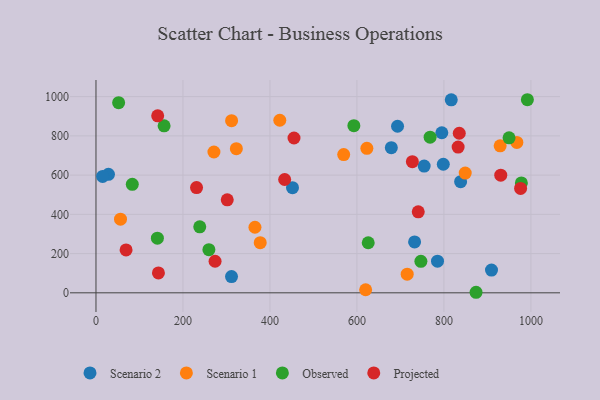
{"axis": {"x": "Engine Size", "y": "Demand"}, "legend": ["Observed", "Projected", "Scenario 1", "Scenario 2"], "data": [{"x": "451.8", "y": 535.7, "type": "Scenario 2"}, {"x": "795.1", "y": 815.9, "type": "Scenario 2"}, {"x": "28.7", "y": 603.9, "type": "Scenario 2"}, {"x": "798.5", "y": 655.4, "type": "Scenario 2"}, {"x": "679.0", "y": 739.8, "type": "Scenario 2"}, {"x": "693.3", "y": 849.0, "type": "Scenario 2"}, {"x": "816.8", "y": 983.7, "type": "Scenario 2"}, {"x": "15.3", "y": 593.2, "type": "Scenario 2"}, {"x": "909.3", "y": 116.0, "type": "Scenario 2"}, {"x": "754.5", "y": 646.0, "type": "Scenario 2"}, {"x": "732.5", "y": 259.3, "type": "Scenario 2"}, {"x": "785.2", "y": 161.4, "type": "Scenario 2"}, {"x": "838.3", "y": 566.3, "type": "Scenario 2"}, {"x": "311.6", "y": 82.7, "type": "Scenario 2"}, {"x": "311.8", "y": 877.4, "type": "Scenario 1"}, {"x": "365.5", "y": 334.2, "type": "Scenario 1"}, {"x": "569.5", "y": 704.6, "type": "Scenario 1"}, {"x": "322.7", "y": 734.8, "type": "Scenario 1"}, {"x": "620.0", "y": 15.6, "type": "Scenario 1"}, {"x": "377.6", "y": 255.6, "type": "Scenario 1"}, {"x": "848.9", "y": 610.5, "type": "Scenario 1"}, {"x": "715.5", "y": 95.1, "type": "Scenario 1"}, {"x": "271.2", "y": 717.7, "type": "Scenario 1"}, {"x": "967.6", "y": 766.8, "type": "Scenario 1"}, {"x": "422.6", "y": 879.7, "type": "Scenario 1"}, {"x": "56.4", "y": 375.6, "type": "Scenario 1"}, {"x": "622.8", "y": 736.5, "type": "Scenario 1"}, {"x": "929.2", "y": 749.2, "type": "Scenario 1"}, {"x": "625.9", "y": 255.2, "type": "Observed"}, {"x": "52.1", "y": 969.1, "type": "Observed"}, {"x": "873.8", "y": 2.8, "type": "Observed"}, {"x": "156.6", "y": 851.1, "type": "Observed"}, {"x": "238.6", "y": 336.2, "type": "Observed"}, {"x": "949.7", "y": 789.9, "type": "Observed"}, {"x": "768.2", "y": 793.1, "type": "Observed"}, {"x": "592.9", "y": 852.0, "type": "Observed"}, {"x": "747.0", "y": 160.5, "type": "Observed"}, {"x": "141.2", "y": 278.5, "type": "Observed"}, {"x": "259.6", "y": 219.8, "type": "Observed"}, {"x": "991.8", "y": 984.2, "type": "Observed"}, {"x": "83.5", "y": 552.8, "type": "Observed"}, {"x": "978.0", "y": 559.9, "type": "Observed"}, {"x": "143.6", "y": 101.6, "type": "Projected"}, {"x": "835.2", "y": 813.4, "type": "Projected"}, {"x": "69.2", "y": 218.7, "type": "Projected"}, {"x": "231.2", "y": 536.6, "type": "Projected"}, {"x": "930.6", "y": 599.5, "type": "Projected"}, {"x": "273.8", "y": 160.9, "type": "Projected"}, {"x": "141.9", "y": 902.2, "type": "Projected"}, {"x": "455.3", "y": 789.2, "type": "Projected"}, {"x": "433.8", "y": 577.5, "type": "Projected"}, {"x": "727.4", "y": 668.2, "type": "Projected"}, {"x": "301.8", "y": 474.0, "type": "Projected"}, {"x": "740.9", "y": 412.8, "type": "Projected"}, {"x": "832.6", "y": 743.0, "type": "Projected"}, {"x": "976.2", "y": 532.0, "type": "Projected"}]}